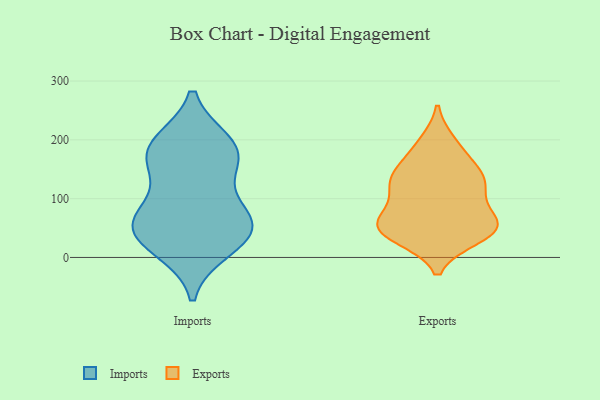
{"axis": {"x": "Website Visitors", "y": "Value"}, "legend": ["Exports", "Imports"], "data": [{"x": "", "y": 45, "type": "Imports"}, {"x": "", "y": 50, "type": "Imports"}, {"x": "", "y": 177, "type": "Imports"}, {"x": "", "y": 15, "type": "Imports"}, {"x": "", "y": 28, "type": "Imports"}, {"x": "", "y": 172, "type": "Imports"}, {"x": "", "y": 77, "type": "Imports"}, {"x": "", "y": 191, "type": "Imports"}, {"x": "", "y": 57, "type": "Imports"}, {"x": "", "y": 194, "type": "Imports"}, {"x": "", "y": 76, "type": "Imports"}, {"x": "", "y": 148, "type": "Imports"}, {"x": "", "y": 156, "type": "Exports"}, {"x": "", "y": 144, "type": "Exports"}, {"x": "", "y": 131, "type": "Exports"}, {"x": "", "y": 134, "type": "Exports"}, {"x": "", "y": 47, "type": "Exports"}, {"x": "", "y": 110, "type": "Exports"}, {"x": "", "y": 54, "type": "Exports"}, {"x": "", "y": 189, "type": "Exports"}, {"x": "", "y": 34, "type": "Exports"}, {"x": "", "y": 195, "type": "Exports"}, {"x": "", "y": 60, "type": "Exports"}, {"x": "", "y": 46, "type": "Exports"}, {"x": "", "y": 34, "type": "Exports"}, {"x": "", "y": 68, "type": "Exports"}, {"x": "", "y": 125, "type": "Exports"}, {"x": "", "y": 64, "type": "Exports"}, {"x": "", "y": 52, "type": "Exports"}, {"x": "", "y": 113, "type": "Exports"}]}